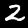
Digit: 2